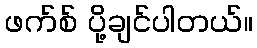
ဖက်စ် ပို့ချင်ပါတယ်။